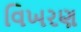
વિખરણ